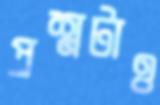
প্রশ্নটাও